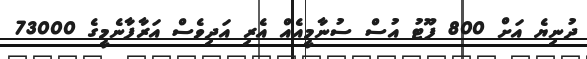
ދުނިޔެ އަށް 800 ފޫޓު އުސް ސުނާމީއެއް އެރި އަދިވެސް އަރާފާނެމީގެ 73000